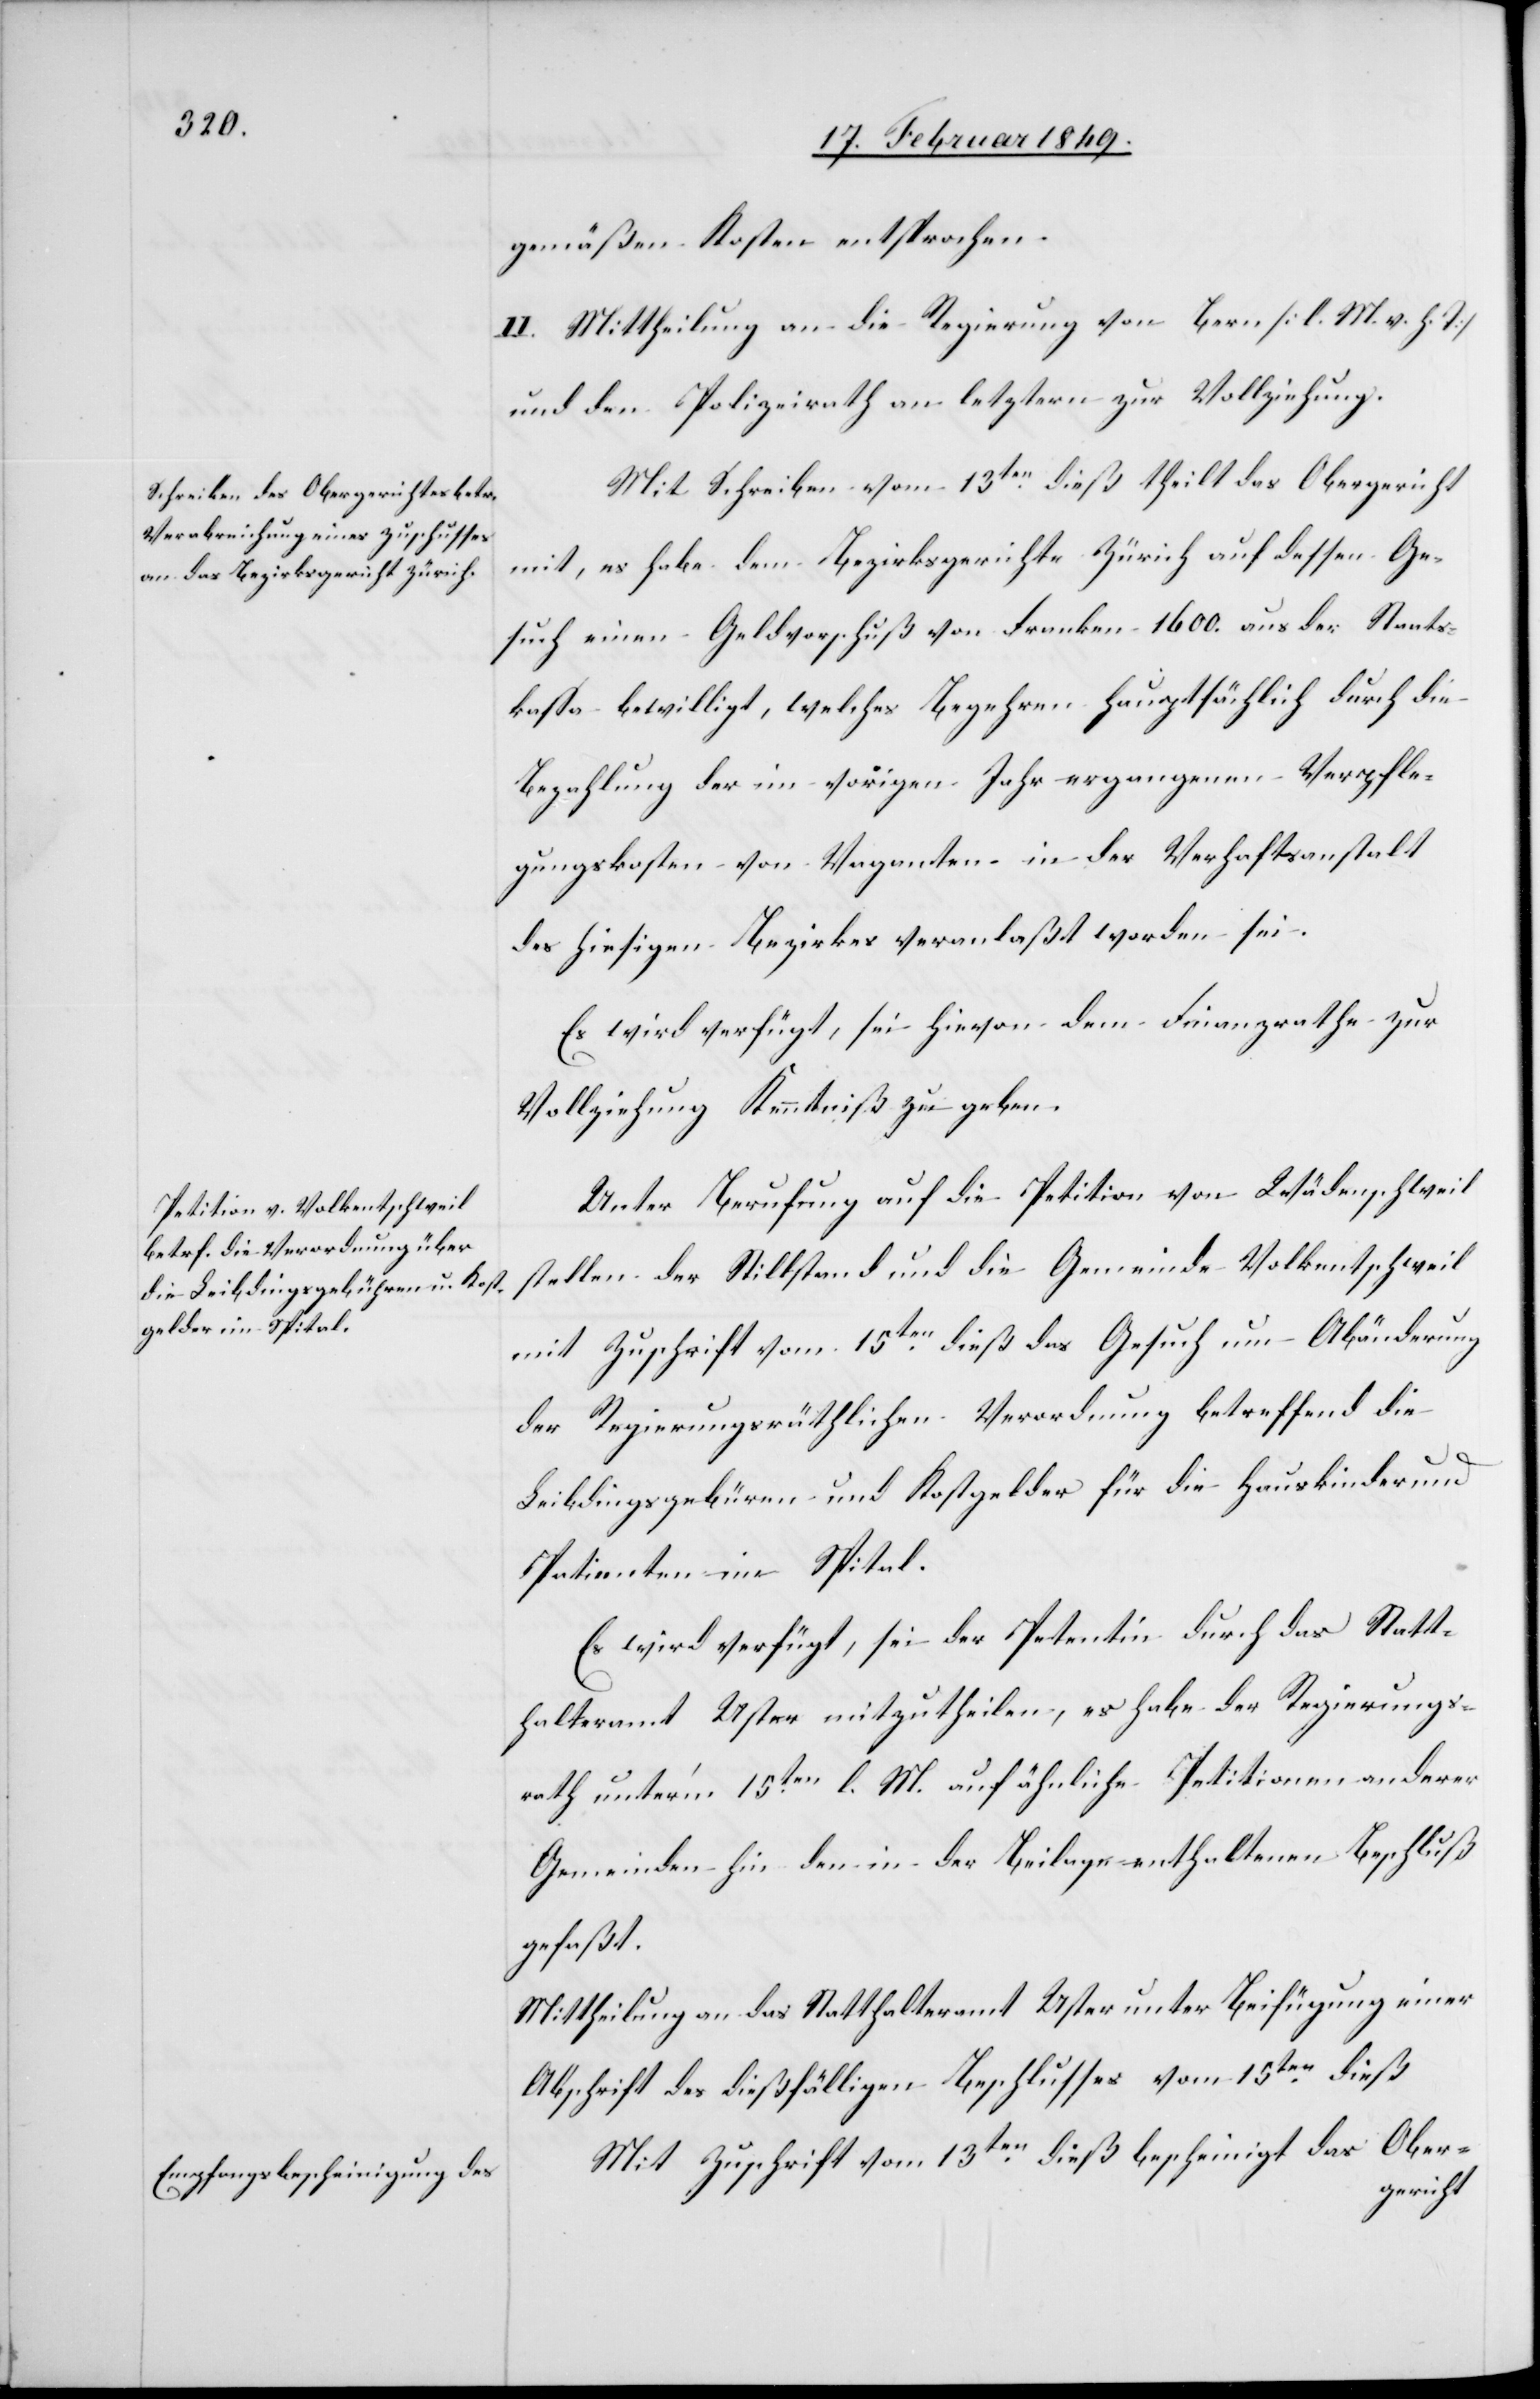
18. Februar 1849.]
gemäßen Kosten entsprochen.
II. Mittheilung an die Regierung von Bern [l. M. v. h. T]
und den Polizeirath an letztern zur Vollziehung.
Mit Schreiben vom 13ten. dieß theilt das Obergericht
mit, es habe dem Bezirksgerichte Zürich auf dessen Ge¬
such einen Geldvorschuß von Franken 1600. aus der Staats¬
kassa bewilligt, welches Begehren hauptsächlich durch die
Bezahlung der im vorigen Jahr ergangenen Verpfle¬
gungskosten von Vaganten in der Verhaftanstalt
des hiesigen Bezirkes veranlaßt worden sei.
Es wird verfügt, sei hievon dem Finanzrathe zur
Vollziehung Kenntniß zu geben.
Unter Berufung auf die Petition von Wädenschweil
stellen der Stillstand und die Gemeinde Volkentschweil
mit Zuschrift vom 15ten. dieß das Gesuch um Abänderung
der Regierungsräthlichen Verordnung betreffend die
Leibdingsgebühren und Kostgelder für die Hauskinder und
Patienten im Spital.
Es wird verfügt, sei der Petentin durch das Statt¬
halteramt Uster mitzutheilen, es habe der Regierungs¬
rath unter’m 15ten. l. M. auf ähnliche Petitionen anderer
Gemeinden hin den in der Beilage enthaltenen Beschluß
gefaßt.
Mittheilung an das Statthalteramt Uster unter Beifügung einer
Abschrift des dießfälligen Beschlusses vom 15ten. dieß[.]
Mit Zuschrift vom 13ten. dieß bescheinigt das Ober¬
gericht